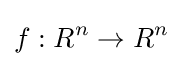
f:R^{n}\rightarrow R^{n}